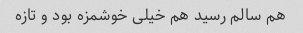
هم سالم رسید هم خیلی خوشمزه بود و تازه